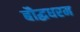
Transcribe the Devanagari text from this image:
बौद्धधरम